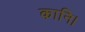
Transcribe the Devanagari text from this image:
कानि।